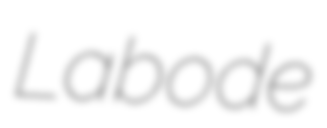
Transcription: Labode